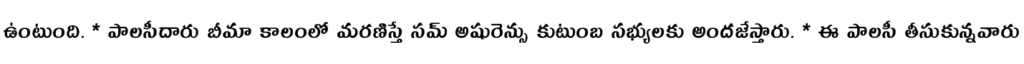
ఉంటుంది. * పాలసీదారు బీమా కాలంలో మరణిస్తే సమ్ అషురెన్సు కుటుంబ సభ్యులకు అందజేస్తారు. * ఈ పాలసీ తీసుకున్నవారు